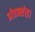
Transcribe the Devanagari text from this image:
प्रोडक्शंस।